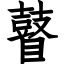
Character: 瞽